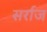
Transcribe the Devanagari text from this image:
सर्राज